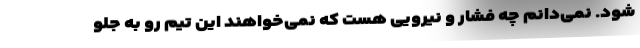
شود. نمی‌دانم چه فشار و نیرویی هست که نمی‌خواهند این تیم رو به جلو